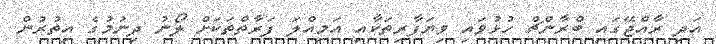
އަދި ރާއްޖޭގައި ބްރާންޗް ހުޅުވައި ވިޔަފާރިތަކާއި އަމިއްލަ ފަރާތްތަކަށް ލޯނު ދިނުމުގެ އިތުރުން